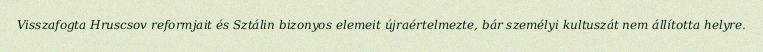
Visszafogta Hruscsov reformjait és Sztálin bizonyos elemeit újraértelmezte, bár személyi kultuszát nem állította helyre.